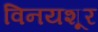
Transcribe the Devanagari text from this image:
विनयशूर